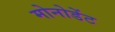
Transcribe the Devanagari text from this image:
मोनोडेंट